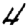
Digit: 4